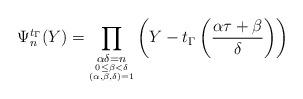
LaTeX: \begin{align*} \Psi_{n}^{t_{\Gamma}}(Y)= \prod_{ \underset{\underset{(\alpha,\beta,\delta)=1}{0\le\beta<\delta}}{\alpha \delta=n}} \left( Y - t_\Gamma\left( \frac{\alpha \tau+\beta}{\delta} \right)\right) \end{align*}